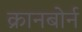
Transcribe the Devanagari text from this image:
क्रानबोर्न